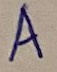
Text: A